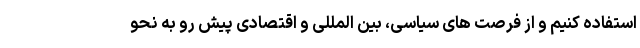
استفاده کنیم و از فرصت های سیاسی، بین المللی و اقتصادی پیش رو به نحو